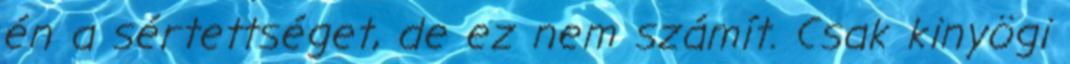
én a sértettséget, de ez nem számít. Csak kinyögi